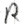
Text: R